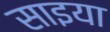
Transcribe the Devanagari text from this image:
साइया